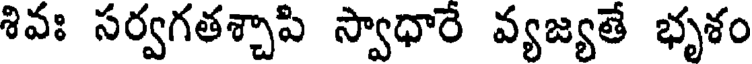
శివః సర్వగతశ్చాపి స్వాధారే వ్యజ్యతే భృశం